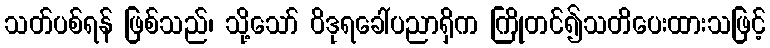
သတ်ပစ်ရန် ဖြစ်သည်၊ သို့သော် ဝိဒုရခေါ်ပညာရှိက ကြိုတင်၍သတိပေးထားသဖြင့်